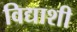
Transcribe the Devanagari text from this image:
विद्याशी